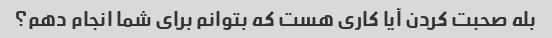
بله صحبت کردن آیا کاری هست که بتوانم برای شما انجام دهم؟